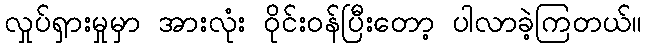
လှုပ်ရှားမှုမှာ အားလုံး ဝိုင်းဝန်ပြီးတော့ ပါလာခဲ့ကြတယ်။